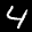
Label: 4